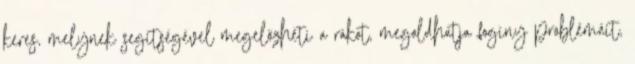
keres, melynek segítségével megelőzheti a rákot, megoldhatja fogíny problémáit,